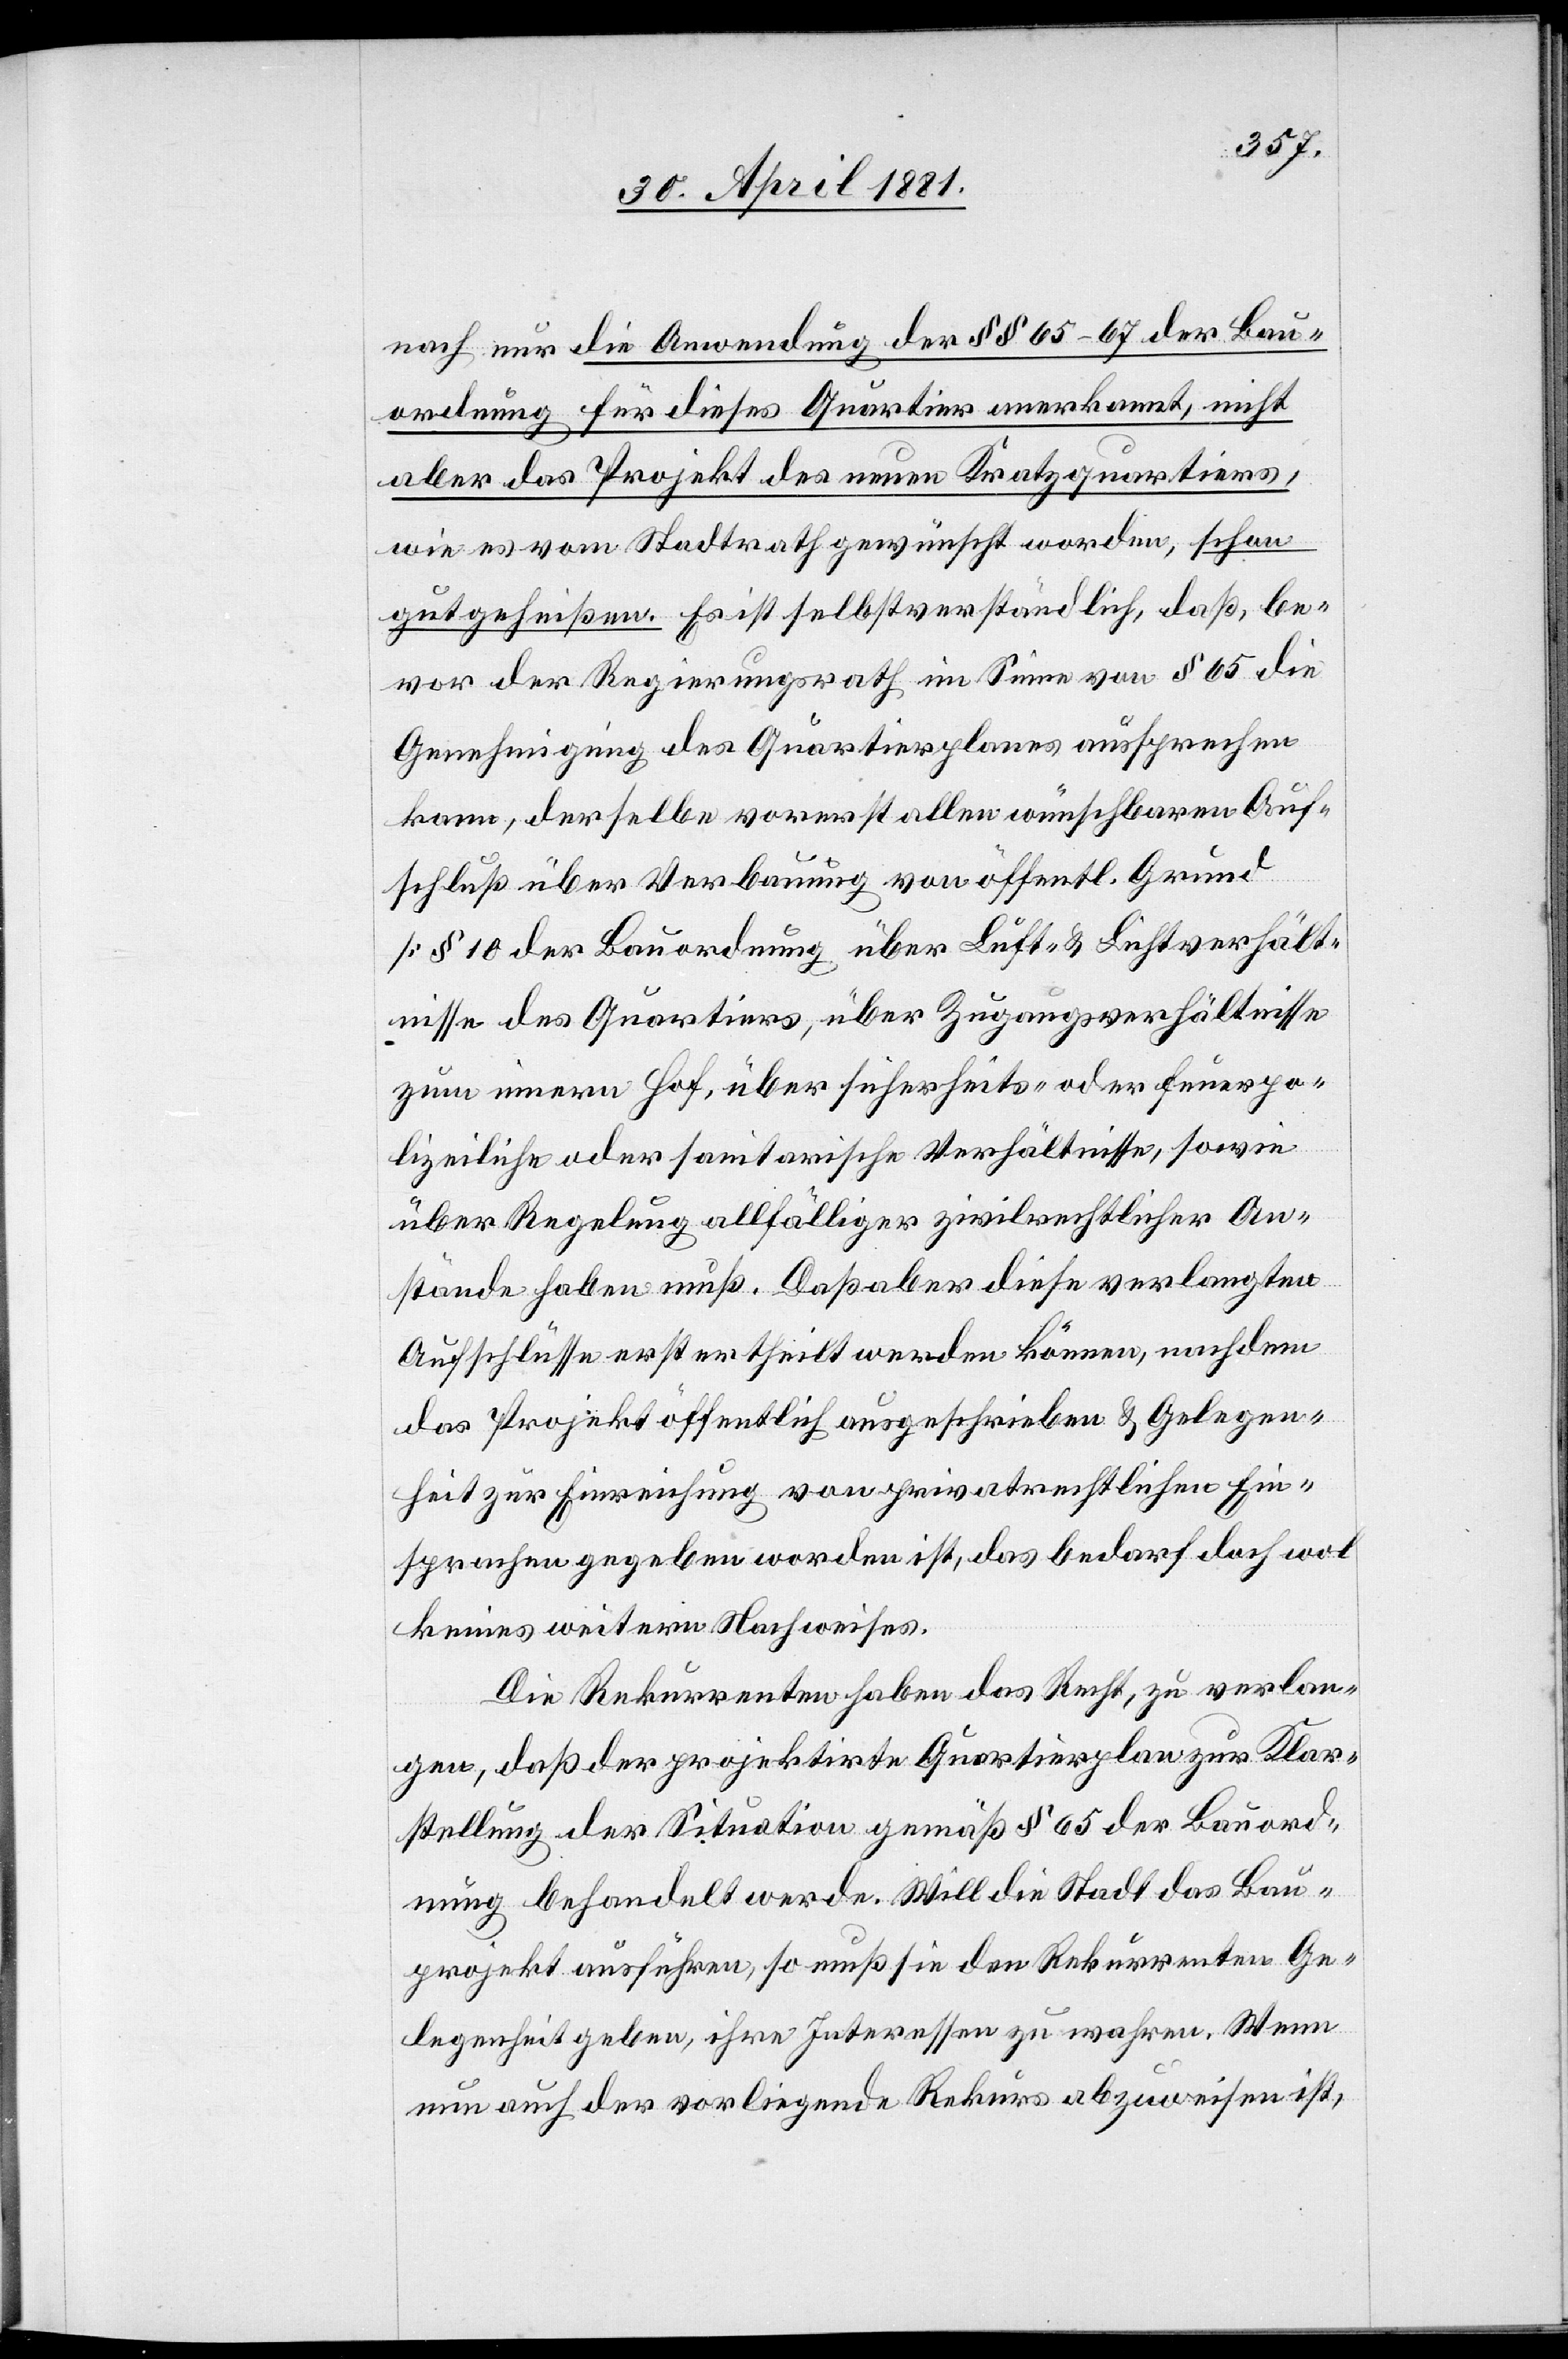
nach nur die Anwendung der §§ 65–67 der Bau¬
ordnung für dieses Quartier anerkannt, nicht
aber das Projekt des neuen Kratzquartiers,
wie es vom Stadtrath gewünscht worden, schon
gutgeheißen. Es ist selbstverständlich, daß, be¬
vor der Regierungsrath im Sinne von § 65 die
Genehmigung des Quartierplanes aussprechen
kann, derselbe vorerst allen wünschbaren Auf¬
schluß über Verbauung von öffentl. Grund
[§ 10 der Bauordnung über Luft- & Lichtverhält¬
nisse des Quartiers, über Zugangsverhältnisse
zum innern Hof, über sicherheits- oder feuerpo¬
lizeiliche oder sanitarische Verhältnisse, sowie
über Regelung allfälliger zivilrechtlicher An¬
stände haben muß. Daß aber diese verlangten
Aufschlüsse erst ertheilt werden können, nachdem
das Projekt öffentlich ausgeschrieben & Gelegen¬
heit zur Einreichung von privatrechtlichen Ein¬
sprachen gegeben worden ist, das bedarf doch wol
keines weitern Nachweises.
Die Rekurrenten haben das Recht, zu verlan¬
gen, daß der projektirte Quartierplan zur Klar¬
stellung der Situation gemäß § 65 der Bauord¬
nung behandelt werde. Will die Stadt das Bau¬
projekt ausführen, so muß sie den Rekurrenten Ge¬
legenheit geben, ihre Interessen zu wahren. Wenn
nun auch der vorliegende Rekurs abzuweisen ist,